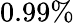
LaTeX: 0.99\%